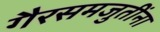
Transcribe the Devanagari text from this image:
गैरसमजुतींना